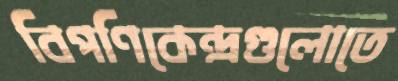
বিপণিকেন্দ্রগুলোতে